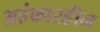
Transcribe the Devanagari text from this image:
अहंकारहीन